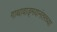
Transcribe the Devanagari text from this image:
गाथावाड्मयानंतरच्या